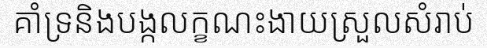
គាំទ្រនិងបង្កលក្ខណះងាយស្រួលសំរាប់